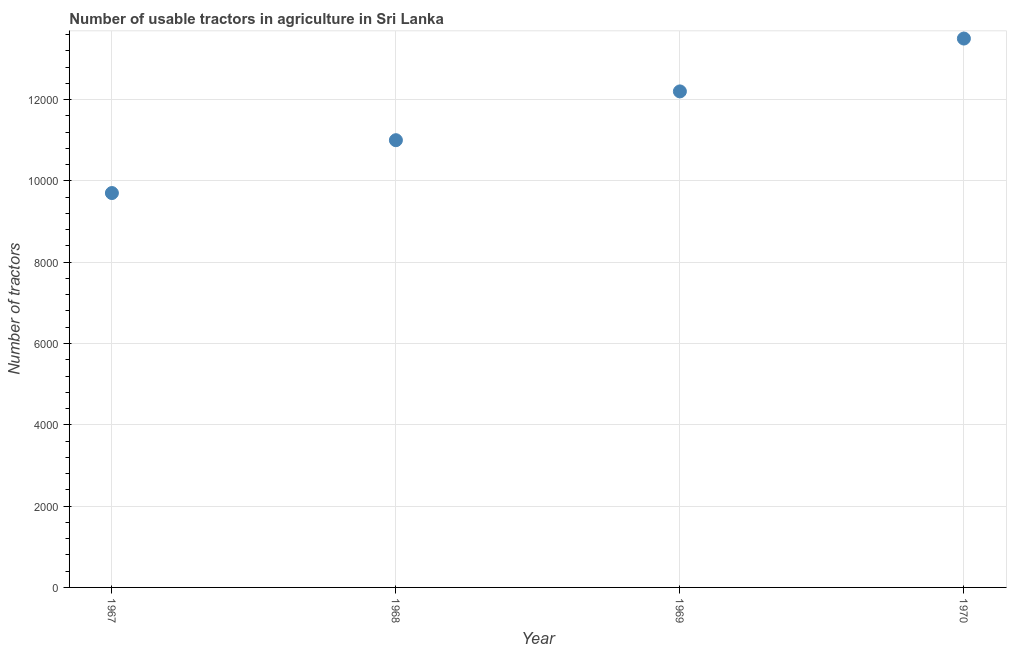
| Year | Agricultural machinery |
 | --- | --- |
 | 1967 | 9.7e+03 |
 | 1968 | 1.1e+04 |
 | 1969 | 1.22e+04 |
 | 1970 | 1.35e+04 |